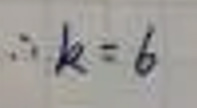
\[\therefore k = 6\]